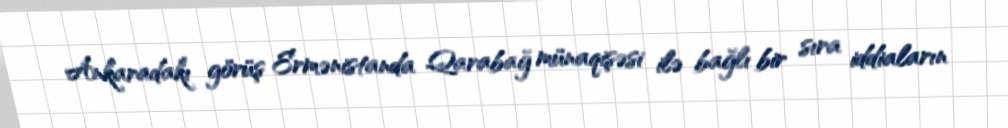
Ankaradakı görüş Ermənistanda Qarabağ münaqişəsi ilə bağlı bir sıra iddiaların